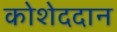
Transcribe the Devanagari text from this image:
कोशेददान